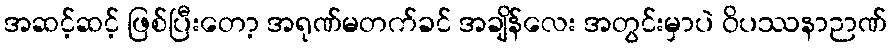
အဆင့်ဆင့် ဖြစ်ပြီးတော့ အရုဏ်မတက်ခင် အချိန်လေး အတွင်းမှာပဲ ဝိပဿနာဉာဏ်